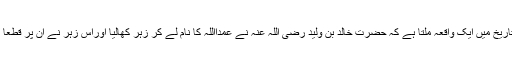
اس نے کہا کہ تاریخ میں ایک واقعہ ملتا ہے کہ حضرت خالد بن ولید رضی اللہ عنہ نے عمداًاللہ کا نام لے کر زہر کھالیا اوراس زہر نے ان پر قطعاً کوئی اثر نہ کیا۔